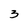
Character: 3